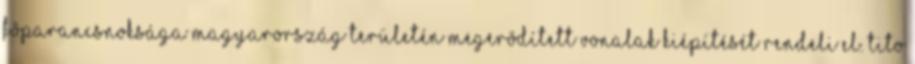
fõparancsnoksága Magyarország területén megerõdített vonalak kiépítését rendeli el. Tito